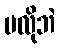
မလိုဘဲ